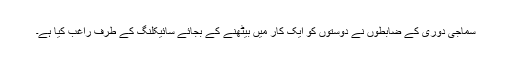
سماجی دوری کے ضابطوں نے دوستوں کو ایک کار میں بیٹھنے کے بجائے سائیکلنگ کے طرف راغب کیا ہے۔